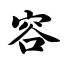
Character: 容